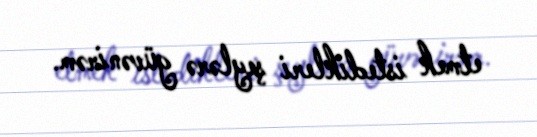
etmek istedikleri şeylərə güvənirəm.